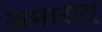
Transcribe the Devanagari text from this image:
अमारात्